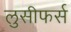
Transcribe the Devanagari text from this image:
लुसीफर्स